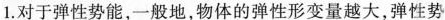
1.对于弹性势能,一般地，物体的弹性势